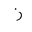
Letter: _zay